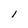
Character: 1